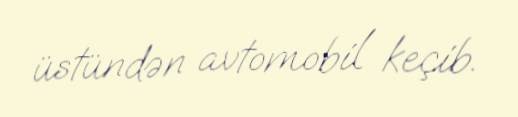
üstündən avtomobil keçib.